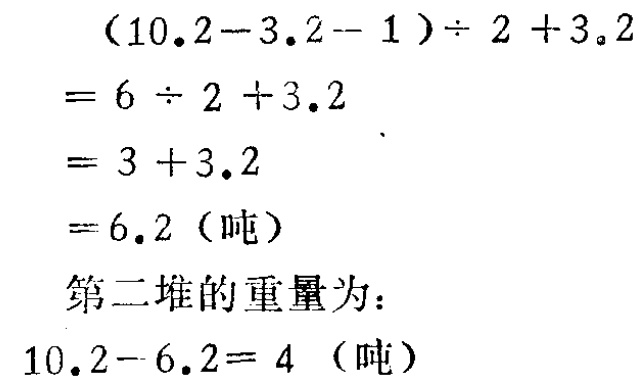
\[
\begin{align*}
&(10.2 - 3.2 - 1)\div2 + 3.2\\
=&6\div2 + 3.2\\
=&3 + 3.2\\
=&6.2 \text{（吨）}
\end{align*}
\]
第二堆的重量为：
\(10.2 - 6.2 = 4\)（吨）